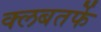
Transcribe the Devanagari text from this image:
क्लबतर्फे